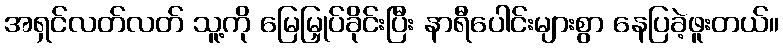
အရှင်လတ်လတ် သူ့ကို မြေမြှုပ်ခိုင်းပြီး နာရီပေါင်းများစွာ နေပြခဲ့ဖူးတယ်။